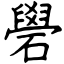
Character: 礐